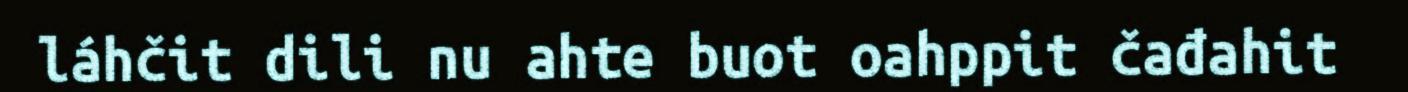
láhčit dili nu ahte buot oahppit čađahit